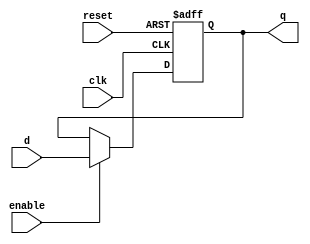
module parameterized_register #(
    parameter WIDTH = 8 // Parameterized width of the register
)(
    input wire clk,              // Clock input
    input wire reset,            // Reset input (active high)
    input wire enable,           // Enable input
    input wire [WIDTH-1:0] d,    // Data input
    output reg [WIDTH-1:0] q      // Data output
);

// Synchronous operation with reset
always @(posedge clk or posedge reset) begin
    if (reset) begin
        q <= {WIDTH{1'b0}}; // Asynchronous reset to zero
    end else if (enable) begin
        q <= d; // Capture input data on enable
    end
end

endmodule